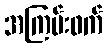
အကြမ်းဖက်